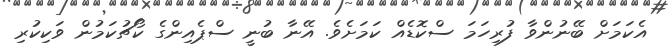
އެކަމަށް ބޭނުންވާ ފުރިހަމަ ސްކޮޑެއް ކަމަށެވެ. އޭނާ ބުނީ ސްޕެއިންގެ ކޯޗުކަމުން ވަކިކުރި